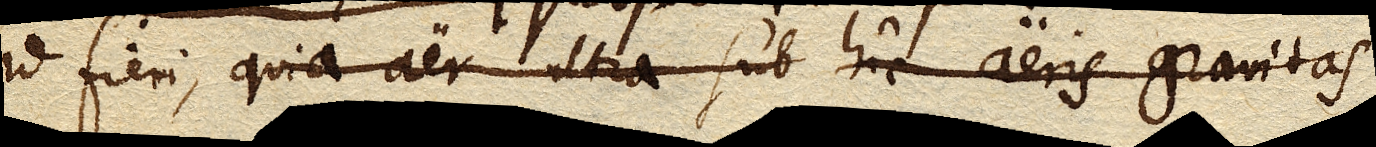
id fieri, quia aer ultra sub hic aeris gravitas